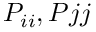
P _ { i i } , P { j j }